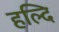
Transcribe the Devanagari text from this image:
हल्दि